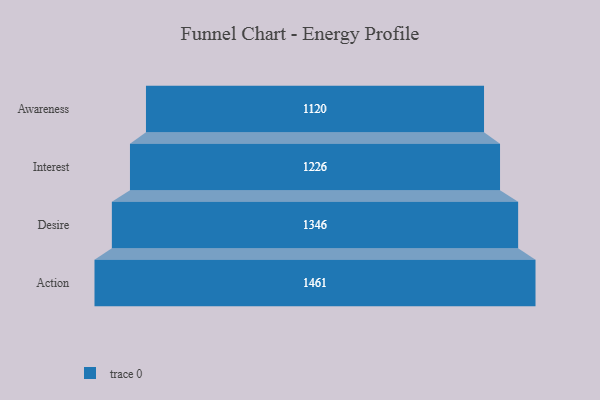
{"axis": {"x": "Stage", "y": "Value"}, "legend": [""], "data": [{"x": "Awareness", "y": 1120.0, "type": ""}, {"x": "Interest", "y": 1226.0, "type": ""}, {"x": "Desire", "y": 1346.0, "type": ""}, {"x": "Action", "y": 1461.0, "type": ""}]}